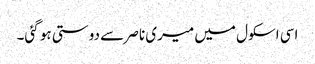
اسی اسکول میں میری ناصر سے دوستی ہو گئی۔